Civil Veterinary Department. United Provinces 1912-22 - 1912-1922
Year: 1912
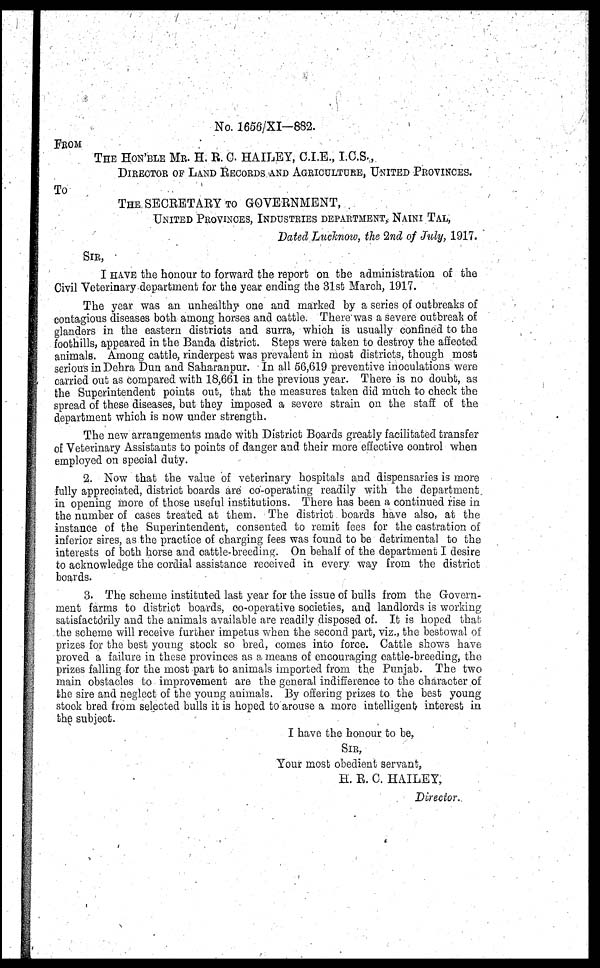
No. 1656/XI—882.
FROM
THE HON'BLE MR. H. R. C. HAILEY, CLE., I.C.S.,
DIRECTOR OF LAND RECORDS AND AGRICULTURE, UNITED PROVINCES.
To
THE SECRETARY TO GOVERNMENT,
UNITED PROVINCES, INDUSTRIES DEPARTMENT, . - NAINI TAL,
Dated Luchnow, the 2nd of July, 1917.
SIR,
I HAVE the honour to forward the report on the administration of the
Civil Veterinary department for the year ending the 31st March, 1917.
The year was an unhealthy one and marked by a series of outbreaks of
contagious diseases both among horses and cattle. There was a severe outbreak of
glanders in the eastern districts and surra, which is usually confined to the
foothills, appeared in the Banda district. Steps were taken to destroy the affected
animals. Among cattle, rinderpest was prevalent in most districts, though most
serious in Dehra Dun and Saharanpur. In all 56,619 preventive inoculations were
carried out as compared with 18,661 in the previous year. There is no doubt, as
the Superintendent points out, that the measures taken did much to check the
spread of these diseases, but they imposed a severe strain on the staff of the
department which is now under strength.
The new arrangements made with District Boards greatly facilitated transfer
of Veterinary Assistants to points of danger and their more effective control when
employed on special duty.
2. Now that the value of veterinary hospitals and dispensaries is more
fully appreciated, district boards are co-operating readily with the department
in opening more of those useful institutions. There has been a continued rise in
the number of oases treated at them. The district boards have also, at the
instance of the Superintendent, consented to remit fees for the castration of
inferior sires, as the practice of charging fees was found to be detrimental to the
interests of both horse and cattle-breeding. On behalf of the department I desire
to acknowledge the cordial assistance received in every way from the district
boards.
3. The scheme instituted last year for the issue of bulls from the Govern-
ment farms to district boards, co-operative societies, and landlords is working
satisfactorily and the animals available are readily disposed of. It is hoped that
the scheme will receive further impetus when the second part, viz., the bestowal of
prizes for the best young stock so bred, comes into force. Cattle shows have
proved a failure in these provinces as a means of encouraging Cattle-breeding, the
prizes falling for the most part to animals imported from the Punjab. The two
main obstacles to improvement are the general indifference to the character of
the sire and neglect of the young animals. By offering prizes to the best young
stock bred from selected bulls it is hoped to arouse a more intelligent interest in
the subject.
I have the honour to be,
SIR,
Your most obedient servant,
H. R. C. HAILEY,
Director.